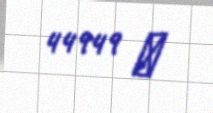
44949 ₼